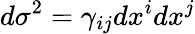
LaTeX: d\sigma^{2}=\gamma_{ij}dx^{i}dx^{j}